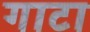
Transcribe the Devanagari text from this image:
गाटा